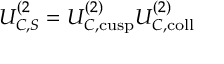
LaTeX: U _ { C , S } ^ { ( 2 } = U _ { C , \mathrm { c u s p } } ^ { ( 2 ) } U _ { C , \mathrm { c o l l } } ^ { ( 2 ) }